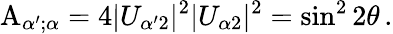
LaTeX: {\mathrm A}_{\alpha^{\prime};\alpha}=4|U_{{\alpha^{\prime}}2}|^{2}|U_{{\alpha}2}|^{2}=\sin^{2}2\theta\, .